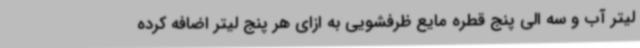
لیتر آب و سه الی پنج قطره مایع ظرفشویی به ازای هر پنج لیتر اضافه کرده